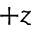
+ z